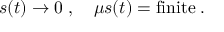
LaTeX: s ( t ) \to 0 \; , \quad \mu s ( t ) = \mathrm { f i n i t e } \; .